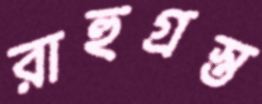
রাহুগ্রস্ত